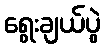
ရွေးချယ်ပွဲ